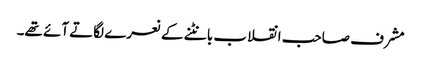
مشرف صاحب انقلاب بانٹنے کے نعرے لگاتے آئے تھے۔